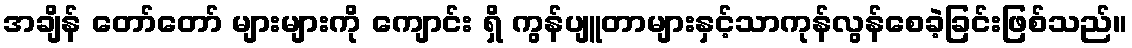
အချိန် တော်တော် များများကို ကျောင်း ရှိ ကွန်ပျူတာများနှင့်သာကုန်လွန်စေခဲ့ခြင်းဖြစ်သည်။